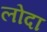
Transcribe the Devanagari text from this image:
लोदा